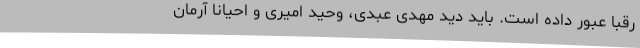
رقبا عبور داده است. باید دید مهدی عبدی، وحید امیری و احیانا آرمان